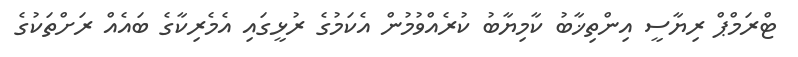
ޓްރަމްޕް ރިޔާސީ އިންތިޚާބު ކާމިޔާބު ކުރެއްވުމުން އެކަމުގެ ރުޅީގައި އެމެރިކާގެ ބައެއް ރަށްތަކުގެ